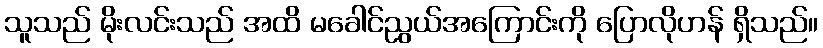
သူသည် မိုးလင်းသည် အထိ မခေါင်ညွယ်အကြောင်းကို ပြောလိုဟန် ရှိသည်။